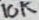
Text: 10K